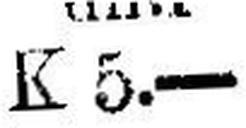
K 5.—